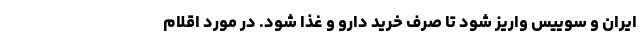
ایران و سوییس واریز شود تا صرف خرید دارو و غذا شود. در مورد اقلام